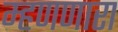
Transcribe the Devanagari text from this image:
म्हणणारा